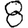
Digit: 8